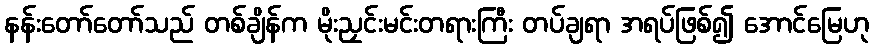
နန်းတော်တော်သည် တစ်ချိန်က မိုးညှင်းမင်းတရားကြီး တပ်ချရာ အရပ်ဖြစ်၍ အောင်မြေဟု